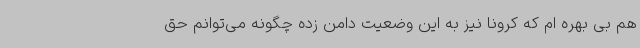
هم بی بهره ام که کرونا نیز به این وضعیت دامن زده چگونه می‌توانم حق